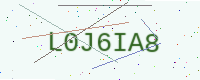
Text: L0J6IA8